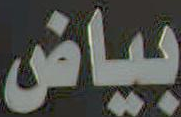
بياض